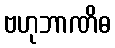
ဗဟုဘာဏိဓ